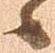
へ